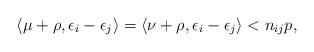
LaTeX: \begin{align*}\langle \mu + \rho, \epsilon_{i}-\epsilon_{j}\rangle = \langle \nu + \rho, \epsilon_{i}-\epsilon_{j}\rangle < n_{ij}p,\end{align*}